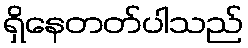
ရှိနေတတ်ပါသည်